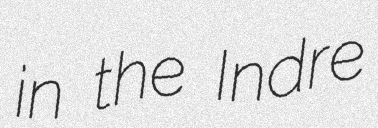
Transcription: in the Indre